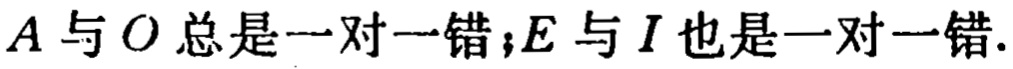
\(A\)与\(O\)总是一对一错；\(E\)与\(I\)也是一对一错.